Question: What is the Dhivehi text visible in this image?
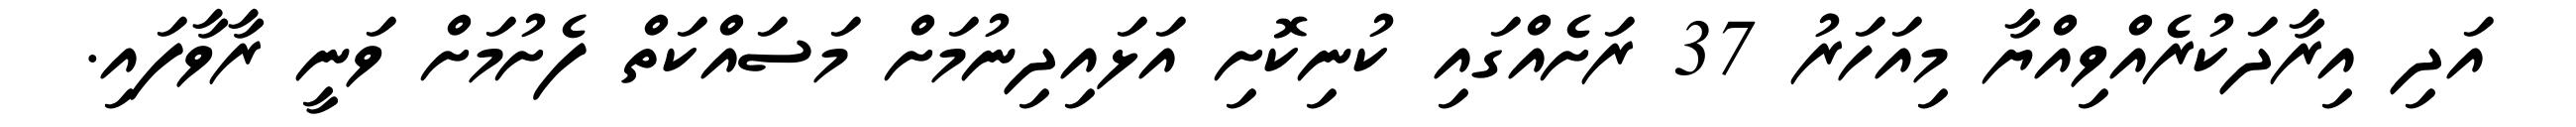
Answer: އަދި އިރާދަކުރެއްވިއްޔާ މިއަހަރު 37 ރަށެއްގައި ކުނިކޮށި އަޅައިދިނުމަށް މަސައްކަތް ފެށުމަށް ވަނީ ރާވާފައި.